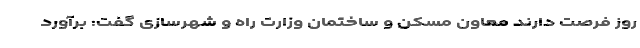
روز فرصت دارند معاون مسکن و ساختمان وزارت راه و شهرسازی گفت: برآورد